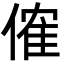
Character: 傕